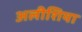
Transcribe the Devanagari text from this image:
अलीशिया